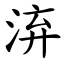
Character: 㳰